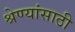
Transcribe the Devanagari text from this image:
श्रेण्यांसाठी